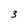
Character: 3